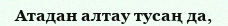
Атадан алтау тусаң да,